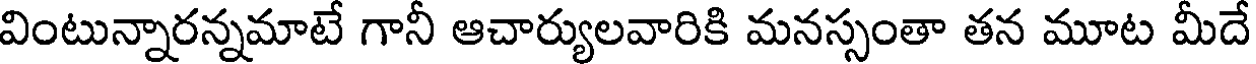
వింటున్నారన్నమాటే గానీ ఆచార్యులవారికి మనస్సంతా తన మూట మీదే